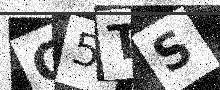
Text: G5TS